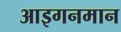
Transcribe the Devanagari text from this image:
आइगनमान